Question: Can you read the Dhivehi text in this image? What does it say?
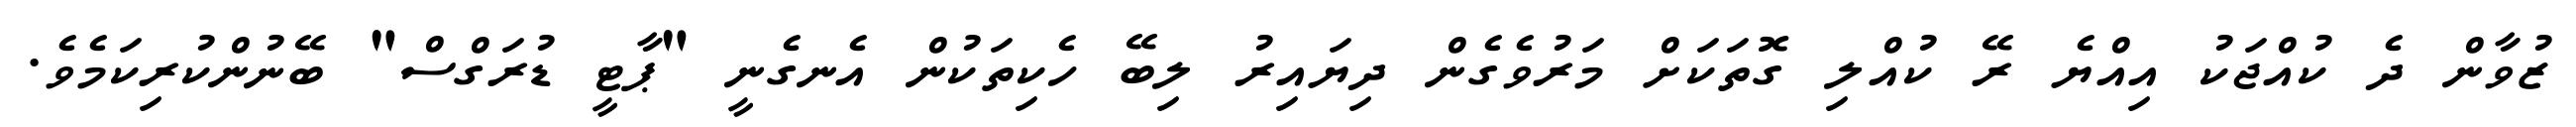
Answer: ޒުވާން ދެ ކުއްޖަކު އިއްޔެ ރޭ ކުއްލި ގޮތަކަށް މަރުވެގެން ދިޔައިރު ލިބޭ ހެކިތަކުން އެނގެނީ "ޕާޓީ ޑުރަގްސް" ބޭނުންކުރިކަމެވެ.